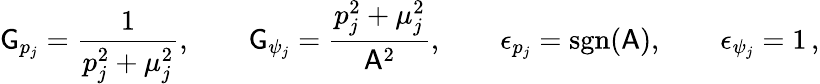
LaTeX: \mathsf{G}_{p_{j}}=\frac{1}{{p_{j}^{2}+\mu_{j}^{2}}},\qquad\mathsf{G}_{\psi_{j}}=\frac{p_{j}^{2}+\mu_{j}^{2}}{\mathsf{A}^{2}},\qquad\epsilon_{p_{j}}=\mathrm{sgn}(\mathsf{A}),\qquad\epsilon_{\psi_{j}}=1\, ,